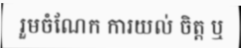
រួមចំណែក ការយល់ ចិត្ត ឬ